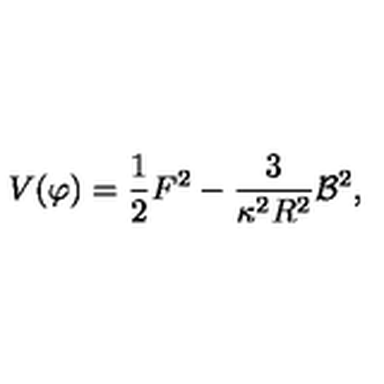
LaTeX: V ( \varphi ) = \frac { 1 } { 2 } F ^ { 2 } - \frac { 3 } { \kappa ^ { 2 } R ^ { 2 } } { \cal B } ^ { 2 } ,